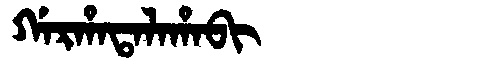
Manchu: ᡤᠠᡵᡥᠠᡨᠠᠯᠠᡥᠠᠪᡳ
Romanization: GARHATALAHABI